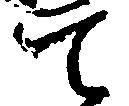
て